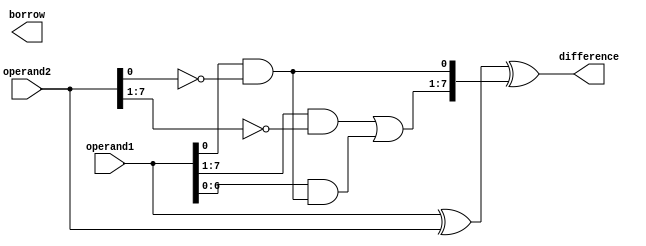
module gate_level_subtractor (
    input [7:0] operand1,
    input [7:0] operand2,
    output [7:0] difference,
    output borrow
);

wire [7:0] xor_result;
wire [7:0] borrow_propagation;
wire borrow_output;

assign xor_result = operand1 ^ operand2;
assign borrow_propagation[0] = operand1[0] & ~operand2[0];
assign borrow_propagation[1:7] = (operand1[1:7] & ~operand2[1:7]) | (operand1[0:6] & borrow_propagation[0]);
assign difference = xor_result ^ borrow_propagation;
assign borrow_output = |borrow_propagation;

endmodule